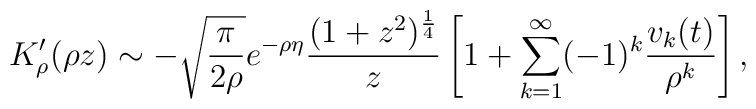
K_{\rho}'(\rho z) \sim -\sqrt{\pi \over 2\rho}e^{-\rho \eta}{(1+z^{2})^{1\over 4}\over z}\left[1+\sum_{k=1}^{\infty}(-1)^{k}{v_{k}(t)\over \rho^{k}}\right] ,